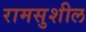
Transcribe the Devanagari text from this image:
रामसुशील